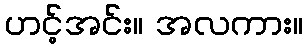
ဟင့်အင်း။ အလကား။